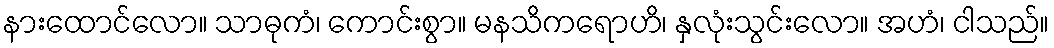
နားထောင်လော။ သာဓုကံ၊ ကောင်းစွာ။ မနသိကရောဟိ၊ နှလုံးသွင်းလော။ အဟံ၊ ငါသည်။